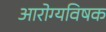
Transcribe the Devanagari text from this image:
आरोग्यविषक